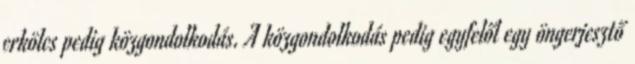
erkölcs pedig közgondolkodás. A közgondolkodás pedig egyfelől egy öngerjesztő